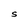
Character: S